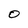
Character: O